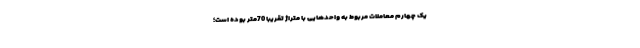
یک چهارم معاملات مربوط به واحدهایی با متراژ تقریبا 70متر بوده است؛